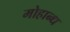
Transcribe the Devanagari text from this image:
मोहान्ध